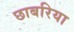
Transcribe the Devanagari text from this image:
छाबरिया